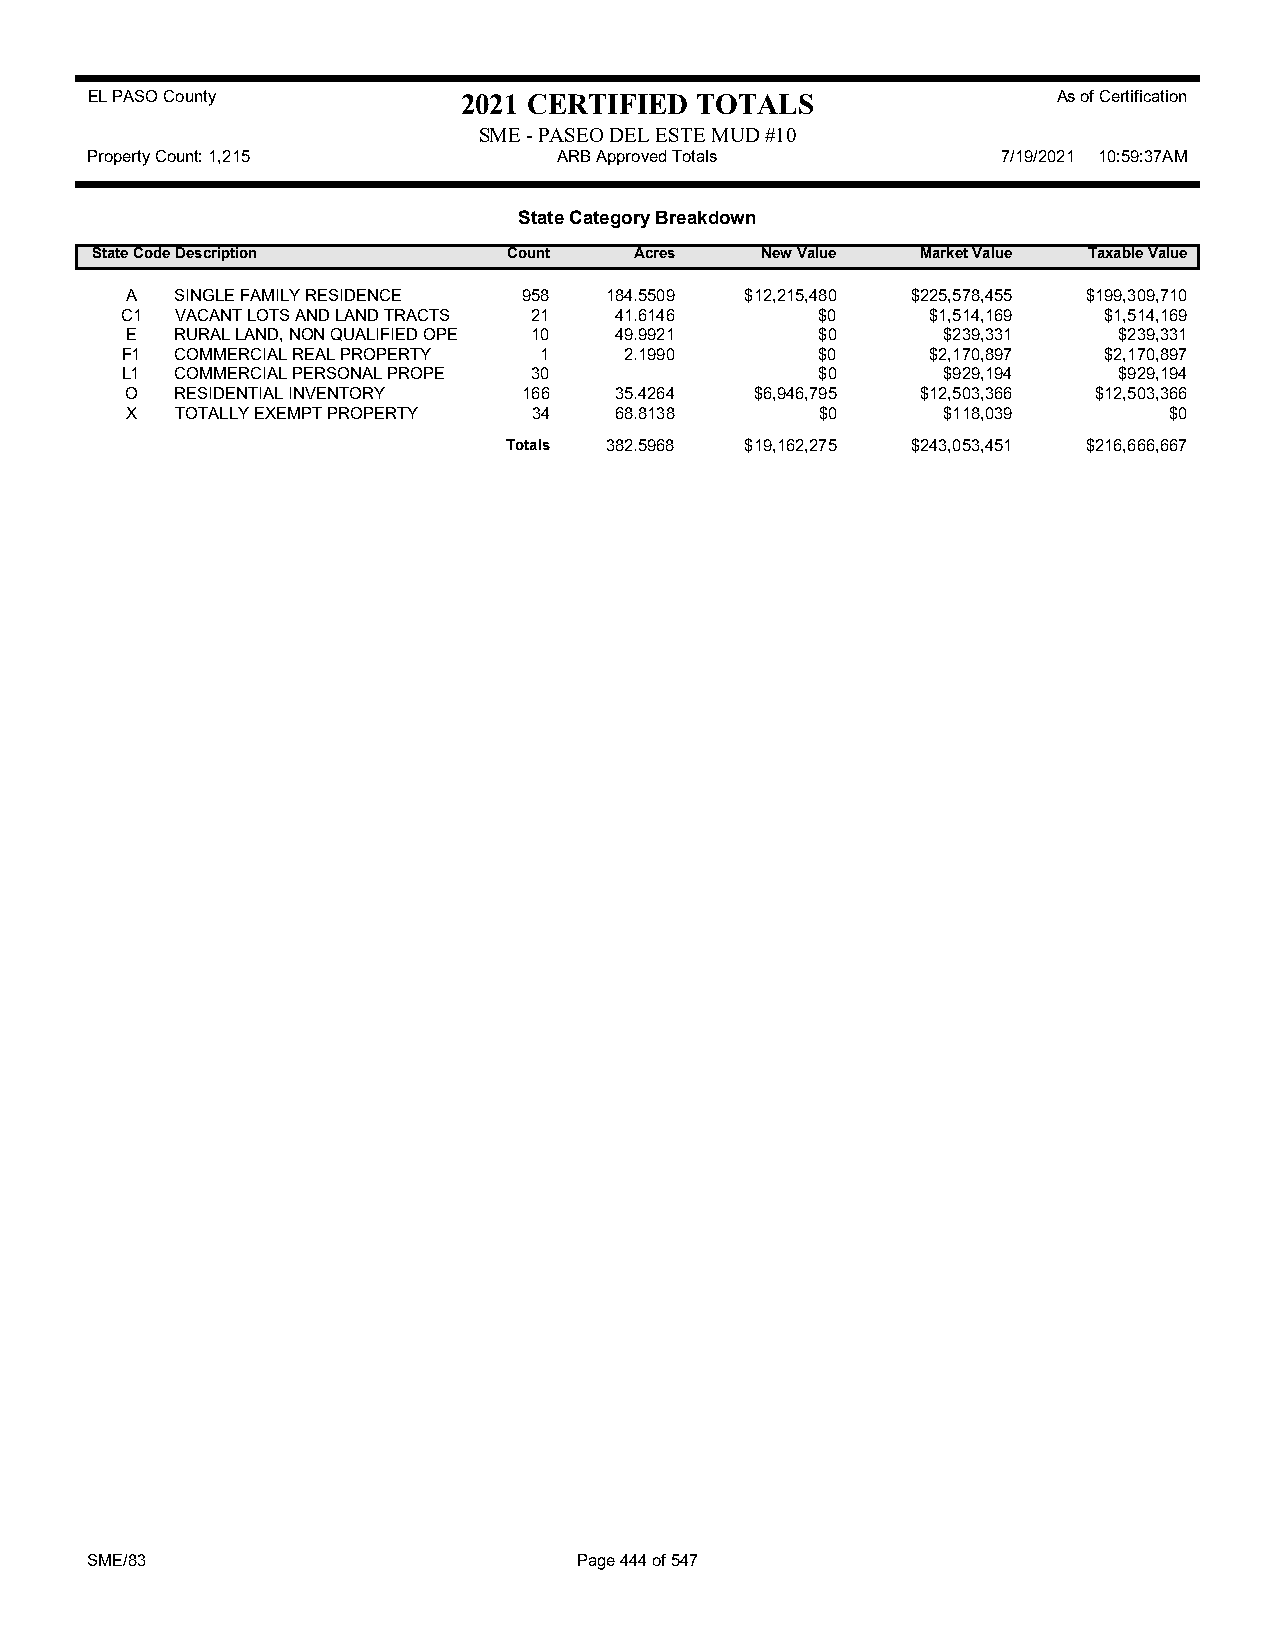
EL PASO County           2021 CERTIFIED TOTALS                  As of Certification
 SME - PASEO DEL ESTE MUD #10
 Property Count: 1,215          ARB Approved Totals          7/19/2021 10:59:37AM
 State Category Breakdown
 State CodeDescription       Count   Acres   New Value  Market Value Taxable Value
 A   SINGLE FAMILY RESIDENCE 958 184.5509 $12,215,480 $225,578,455 $199,309,710
 C1  VACANT LOTS AND LAND TRACTS 21 41.6146    $0      $1,514,169 $1,514,169
 E   RURAL LAND, NON QUALIFIED OPE 10 49.9921  $0      $239,331    $239,331
 F1  COMMERCIAL REAL PROPERTY 1   2.1990       $0      $2,170,897 $2,170,897
 L1  COMMERCIAL PERSONAL PROPE 30              $0      $929,194    $929,194
 O   RESIDENTIAL INVENTORY  166   35.4264  $6,946,795 $12,503,366 $12,503,366
 X   TOTALLY EXEMPT PROPERTY 34   68.8138      $0      $118,039       $0
 Totals 382.5968 $19,162,275 $243,053,451 $216,666,667
 SME/83                          Page 444 of 547